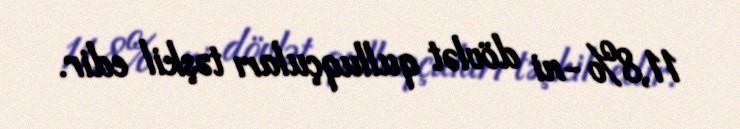
11,8%-ni dövlət qulluqçuları təşkil edir.